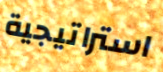
استراتيجية